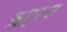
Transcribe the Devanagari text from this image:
ॠतुराज